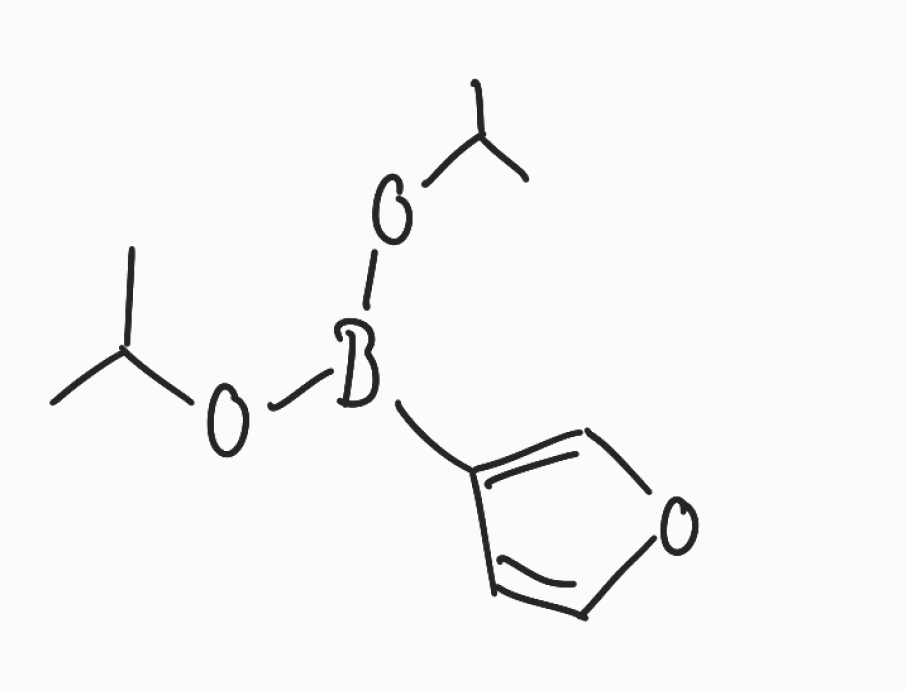
Simplified molecular-input line-entry system (SMILES) notation of the given molecule:
B(C1=COC=C1)(OC(C)C)OC(C)C